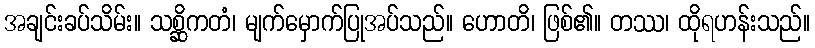
အချင်းခပ်သိမ်း။ သစ္ဆိကတံ၊ မျက်မှောက်ပြုအပ်သည်။ ဟောတိ၊ ဖြစ်၏။ တဿ၊ ထိုရဟန်းသည်။